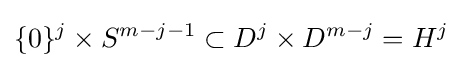
\{0\}^{j}\times S^{m-j-1}\subset D^{j}\times D^{m-j}=H^{j}